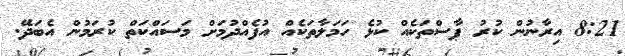
8:21 އިރާނުން ކުރު ޕާސްތަކެއް ކުޅެ ހަމަލާތަކެއް އުފެއްދުމަށް މަސައްކަތް ކުރަމުން އެބަދޭ.